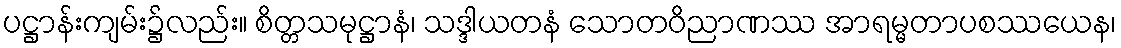
ပဋ္ဌာန်းကျမ်း၌လည်း။ စိတ္တသမုဋ္ဌာနံ၊ သဒ္ဒါယတနံ သောတဝိညာဏဿ အာရမ္မတာပစဿယေန၊